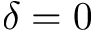
\delta = 0